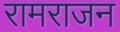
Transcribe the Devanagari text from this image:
रामराजन